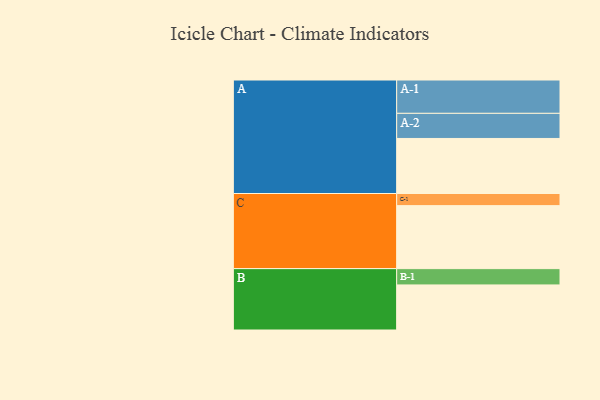
{"axis": {"x": "Segment", "y": "Value"}, "legend": ["", "A", "B", "C"], "data": [{"x": "A", "y": 436, "type": ""}, {"x": "B", "y": 357, "type": ""}, {"x": "C", "y": 499, "type": ""}, {"x": "A-1", "y": 264, "type": "A"}, {"x": "A-2", "y": 199, "type": "A"}, {"x": "B-1", "y": 129, "type": "B"}, {"x": "C-1", "y": 96, "type": "C"}]}